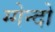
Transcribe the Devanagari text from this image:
ग्गेन्दो